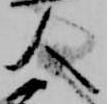
人